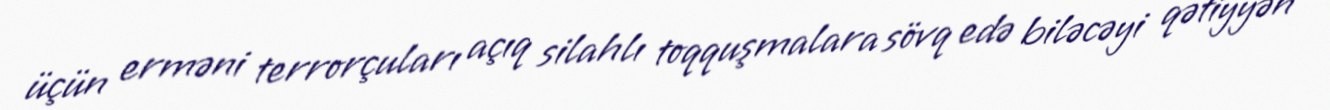
üçün erməni terrorçuları açıq silahlı toqquşmalara sövq edə biləcəyi qətiyyən